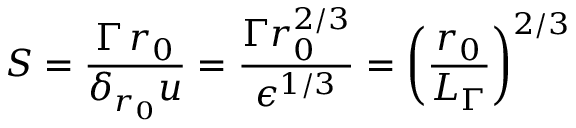
S = \frac { \Gamma \, r _ { 0 } } { \delta _ { r _ { 0 } } u } = \frac { \Gamma r _ { 0 } ^ { 2 / 3 } } { \epsilon ^ { 1 / 3 } } = \left( \frac { r _ { 0 } } { L _ { \Gamma } } \right) ^ { 2 / 3 }